Lunatic asylums in Bengal annual reports 1888-1898 - 1888-1898
Year: 1888
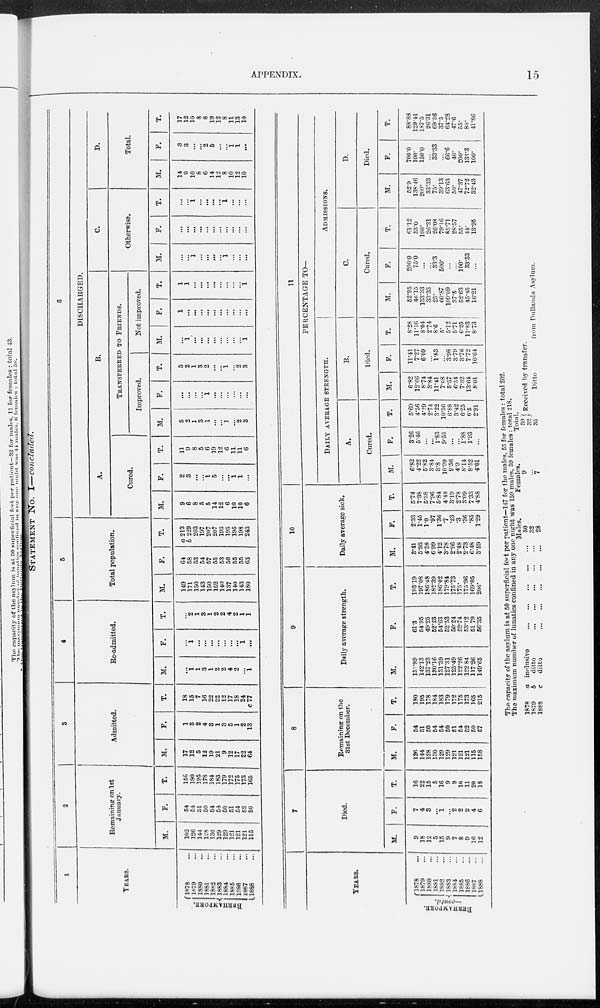
APPENDIX.
15
STATEMENT NO. I—concluded.
1
YEARS.
BERHAMPORE.
1878 ...
1879 ...
1880 ...
1881 ...
1882 ...
1883 ...
1884 ...
1885 ...
1888 ...
1887 ...
1888 ...
2
Remaining on 1st
January.
M.
102
126
144
128
130
129
129
121
121
121
115
F.
54
£4
51
50
54
54
50
51
54
52
50
T.
156
180
195
178
184
183
179
172
175
173
165
3
Admitted.
M.
17
12
5
12
19
21
9
12
17
22
64
F.
1
3
2
4
3
1
3
5
1
2
13
T.
18
15
7
16
22
22
12
17
18
24
c77
4
Re-admitted.
M.
...
1
1
3
1
2
2
4
2
...
1
F.
...
1
...
...
...
...
...
...
...
1
...
T.
...
2
1
3
1
2
2
4
2
1
1
5
Total population.
M.
149
171
150
143
150
152
140
137
140
143
180
F.
64
58
53
54
57
55
53
56
55
55
63
T.
a 213
b 229
203
197
207
207
193
193
195
198
243
6
DISCHARGED.
A.
Cured.
M.
9
6
8
5
5
14
12
6
10
10
6
F.
2
3
...
...
1
5
...
...
1
1
...
T.
11
9
8
5
6
19
12
6
11
11
6
B.
TRANSFERRED TO FRIENDS.
Improved.
M.
5
2
1
3
1
...
...
1
...
2
3
F.
...
...
...
...
1
...
...
...
...
...
...
T.
5
2
1
3
2
...
...
1
...
2
3
Not improved.
M.
...
1
...
...
...
...
...
...
...
...
1
F.
1
...
...
...
...
...
...
...
...
...
...
T.
1
1
...
...
...
...
...
...
...
...
1
C.
Otherwise.
M.
...
...
1
...
...
...
...
1
...
...
...
F.
...
...
...
...
...
...
...
...
...
...
...
T.
...
...
1
...
...
...
...
1
...
...
...
D.
Total.
M.
14
9
10
8
6
14
12
8
10
12
10
F.
3
3
...
...
2
5
...
...
1
1
...
T.
17
12
10
8
8
19
12
8
11
13
10
YEARS.
BERHAMPORE.
1878 ...
1879 ...
1880 ...
1881 ...
1882 ...
1883 ...
1884 ...
1885 ...
1886 ...
1887 ...
1888 ...
7
Died.
M.
9
18
12
5
15
9
7
8
9
16
1 2
F.
7
4
3
...
1
...
2
2
2
4
6
T.
16
22
15
5
16
9
9
10
11
20
18
8
Remaining on the
31st December.
M.
126
144
128
130
129
129
121
121
121
115
158
F.
54
51
50
54
54
50
51
54
52
50
57
T.
180
195
178
184
183
179
172
175
173
165
215
9
Daily average strength.
M.
131.89
142.13
137.23
130.16
131.39
127.31
125.49
122.26
122.84
117.26
149.65
F.
61.3
54.95
49.25
62.23
54.63
52.53
50.24
52.74
53.12
51.79
56.35
T.
193.19
197.08
186.48
182.39
186.02
179.84
175.73
175.
175.96
169.05
206.
10
Daily average sick.
M.
3.41
5.93
4.38
6.99
4.12
3.78
2.96
2.48
2.73
6.48
3.59
F.
2.33
1.45
1.0
.97
1.36
.7
.23
.3
.36
.85
1.29
T.
5.74
7.38
5.38
7.96
5.84
4.48
3.19
2.78
3.09
7.33
4.88
11
PERCENTAGE TO—
DAILY AVERAGE STRENGTH.
A.
Cured.
M.
6.82
4.22
5.82
3.84
3.8
10.99
9.56
4.9
8.14
8.52
4.01
F.
3.26
5.46
...
...
1.83
9.53
...
...
1.88
1.93
...
T.
5.69
4.56
4.29
3.84
3.22
10.56
6.88
3.42
6.25
6.5
2.91
B.
Died.
M.
6.82
12.66
8.74
2.74
11.1
7.08
5.57
6.54
7.32
13.64
8.01
F.
11.41
7.27
6.09
...
1.83
...
3.98
3.79
3.76
7.72
10.64
T.
8.28
11.16
8.04
2.74
8.6
5.
5.12
5.71
6.25
11.83
8.73
ADMISSIONS.
C.
Cured.
M.
52.95
46.15
133.33
33.33
25.
60.87
109.09
37.5
52.63
45.15
16.21
F.
200.0
75.0
...
...
33.3
500.
...
...
100.
33.33
...
T.
61.12
53.0
100.
26.31
26.08
79.16
85.71
28.57
65.
44.
13.95
D.
Died.
M.
52.9
138.46
200.
33.33
75.
39.13
63.63
50.
47.37
72.72
32.43
F.
700.0
100.
150.0
...
33.33
...
66.6
40.
200.
133.3
100.
T.
88.88
129.41
187.5
26.31
69.36
37.5
64.28
47.6
55.
80
41.86
The capacity of the asylum is at 50 superficial fect per patient—147 for the males, 55 for females: total 202.
The maximum number of lunatics confined in any one night was 150 males, 59 females : total 218.
1878
1879
1888
a
b
c
inclusive
...
...
...
...
...
ditto
...
...
...
...
...
ditto
...
...
...
...
...
Males.
30
32
28
females.
9
...
7
Total.
39
32
35
Received by transfer.
Ditto
from
Dullanda
Asylum.